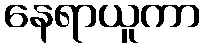
နေရာယူကာ